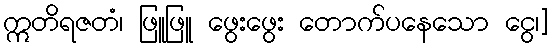
ဣတိရဇတံ၊ ဖြူဖြူ ဖွေးဖွေး တောက်ပနေသော ငွေ၊]